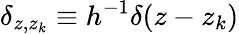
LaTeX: \delta_{z,z_{k}}\equiv h^{-1}\delta(z-z_{k})